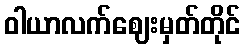
ဝါယာလက်ဈေးမှတ်တိုင်